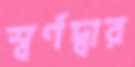
স্বর্ণদ্বার